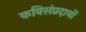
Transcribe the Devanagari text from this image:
कविसंप्रदायों